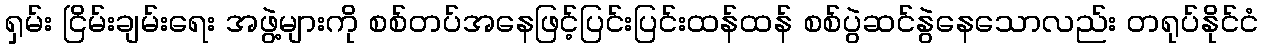
ရှမ်း ငြိမ်းချမ်းရေး အဖွဲ့များကို စစ်တပ်အနေဖြင့်ပြင်းပြင်းထန်ထန် စစ်ပွဲဆင်နွဲနေသောလည်း တရုပ်နိုင်ငံ